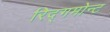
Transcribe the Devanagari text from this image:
रिद्गमोन्ट